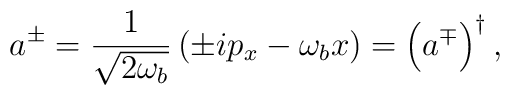
a^{\pm} = \frac{1}{\sqrt{2\omega_b}} \left(\pm ip_{x} -\omega_b x \right) = \left(a^{\mp}\right)^\dagger,